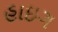
હાઇગ